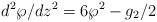
LaTeX: \begin{align*}d^2\wp/dz^2 = 6\wp^2-g_2/2 \end{align*}